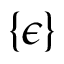
\{ \epsilon \}